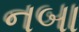
નબા